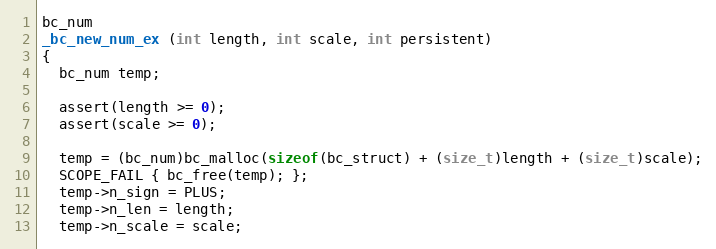
Language: C++
bc_num
_bc_new_num_ex (int length, int scale, int persistent)
{
  bc_num temp;

  assert(length >= 0);
  assert(scale >= 0);

  temp = (bc_num)bc_malloc(sizeof(bc_struct) + (size_t)length + (size_t)scale);
  SCOPE_FAIL { bc_free(temp); };
  temp->n_sign = PLUS;
  temp->n_len = length;
  temp->n_scale = scale;